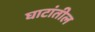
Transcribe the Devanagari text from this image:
घाटांतील